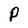
Character: p